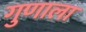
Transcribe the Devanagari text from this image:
गुणाला